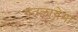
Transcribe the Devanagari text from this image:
बतलायेगा